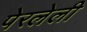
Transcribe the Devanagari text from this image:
पेरलेली